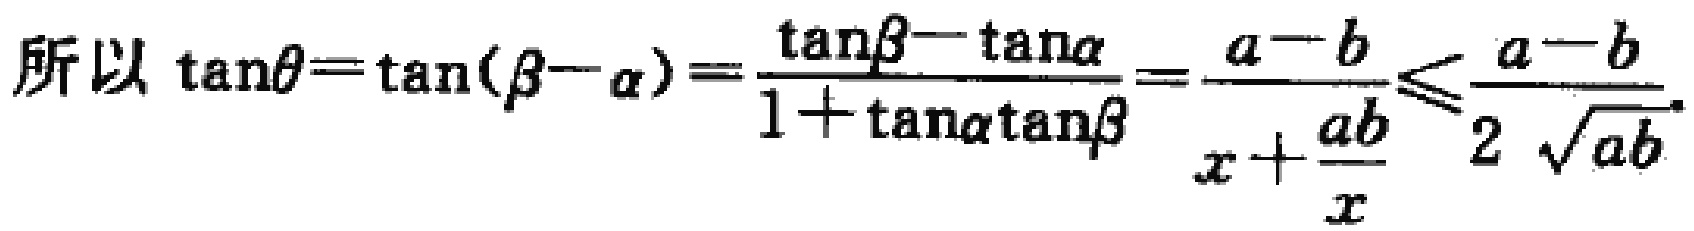
所以 \(\tan\theta=\tan(\beta - \alpha)=\frac{\tan\beta - \tan\alpha}{1 + \tan\alpha\tan\beta}=\frac{a - b}{x+\frac{ab}{x}}\leqslant\frac{a - b}{2\sqrt{ab}}\).